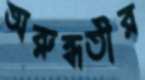
অরুন্ধতীর